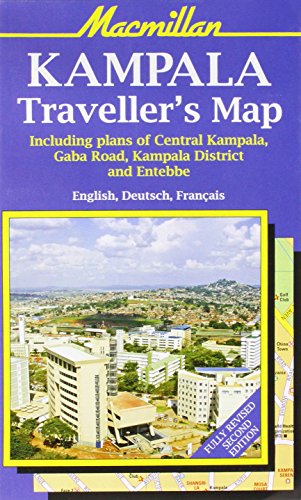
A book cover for Kampala Tourist Map; Travel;